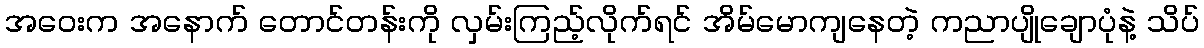
အဝေးက အနောက် တောင်တန်းကို လှမ်းကြည့်လိုက်ရင် အိမ်မောကျနေတဲ့ ကညာပျိုချောပုံနဲ့ သိပ်